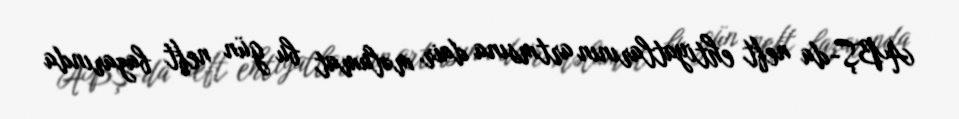
ABŞ-da neft ehtiyatlarının artmsına dair məlumat bu gün neft bazarında